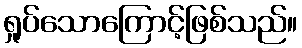
ရှုပ်သောကြောင့်ဖြစ်သည်။